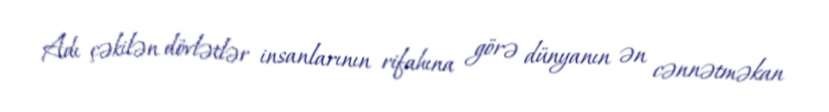
Adı çəkilən dövlətlər insanlarının rifahına görə dünyanın ən cənnətməkan